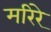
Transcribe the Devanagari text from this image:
मरिरे